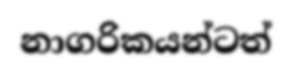
නාගරිකයන්ටත්